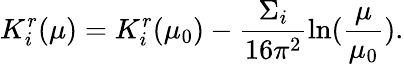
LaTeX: K_{i}^{r}(\mu)=K_{i}^{r}(\mu_{0})-\frac{\Sigma_{i}}{16\pi^{2}}\ln(\frac{\mu}{\mu_{0}}).